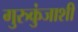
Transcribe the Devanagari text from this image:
गुरुकुंजाशी